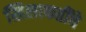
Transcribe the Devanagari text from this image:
खिलाफतींचे